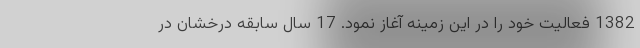
1382 فعالیت خود را در این زمینه آغاز نمود. 17 سال سابقه درخشان در